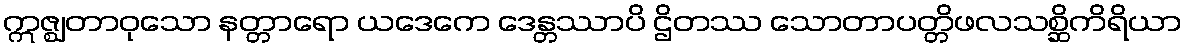
ဣဇ္ဈတာဝုသော နတ္တာရော ယဒေကေ ဒေန္တဿာပိ ဌိတဿ သောတာပတ္တိဖလသစ္ဆိကိရိယာ